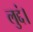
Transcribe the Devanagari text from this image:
लुद्दं।